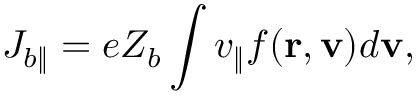
J _ { b \| } = e Z _ { b } \int v _ { \| } f ( \mathbf { r } , \mathbf { v } ) d \mathbf { v } ,